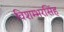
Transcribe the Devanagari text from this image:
विशम्भरसिंह